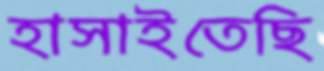
হাসাইতেছি